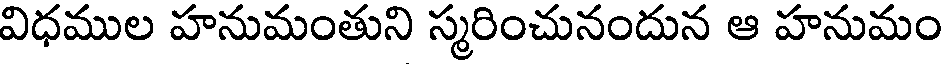
విధముల హనుమంతుని స్మరించునందున ఆ హనుమం